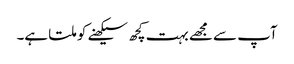
آپ سے مجھے بہت کچھ سیکھنے کو ملتا ہے۔